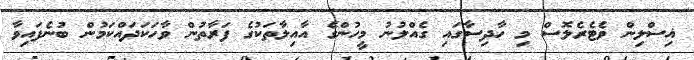
ޣިސްލިން ވެޓެރެލޮސް މި ހާދިސާގައި ގެއްލުނު މީހުންގެ އާއިލާތަކުގެ ފަރާތުން ވާހަކަދައްކަމުން ބުނެފައިވާ